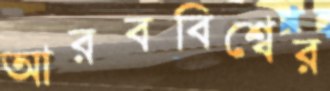
আরববিশ্বের